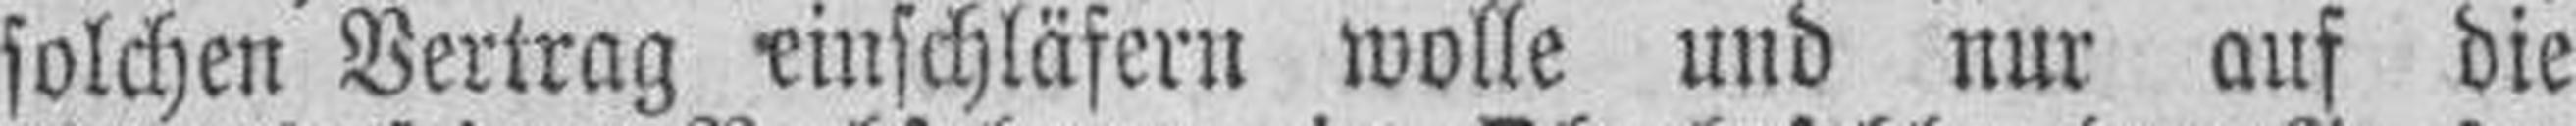
solchen Vertrag einschläfern wolle und nur auf die